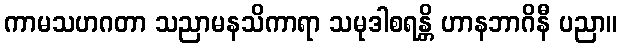
ကာမသဟဂတာ သညာမနသိကာရာ သမုဒါစရန္တိ ဟာနဘာဂိနီ ပညာ။